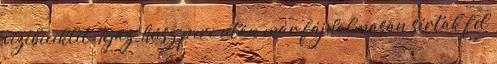
vízibiciklit. Igaz, húsz perc után már fájdalmasan sírtak fel